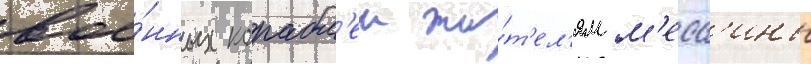
вое́нных корабл'еи жи́т'ел'ям м'есс'ины